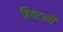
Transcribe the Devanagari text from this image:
हिवटनी